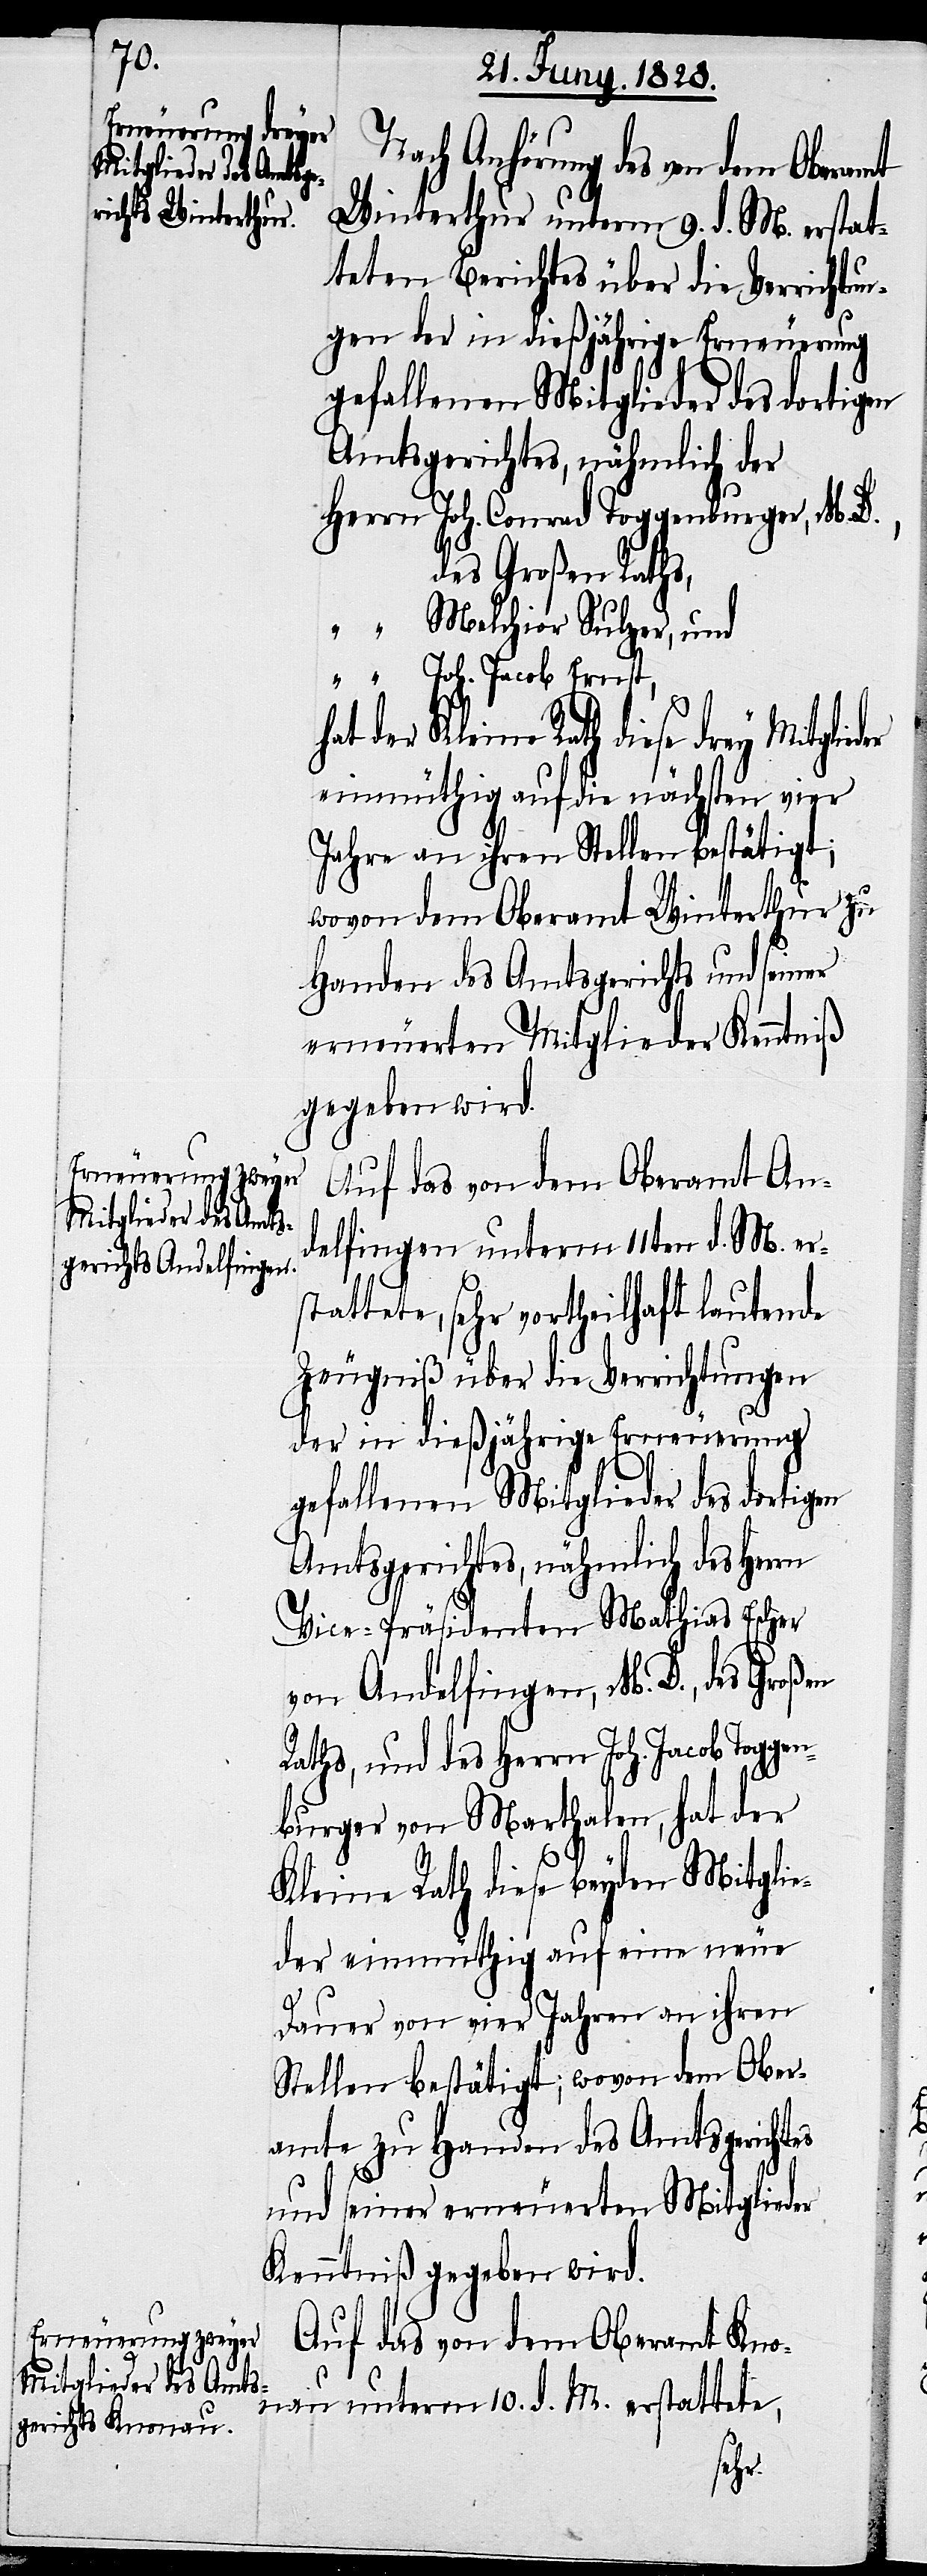
Nach Anhörung des von dem Oberamt
Winterthur unterm 9. d. M. erstat¬
teten Berichtes über die Verrichtun¬
gen der in dießjährige Erneuerung
gefallenen Mitglieder des dortigen
Amtsgerichts, nähmlich der
Herrn Joh. Conrad Toggenburger, M.
des Großen Raths,
“ Melchior Sulzer, und
“ Joh. Jacob Ernst,
einmüthig auf die nächsten vier
Jahre an ihren Stellen bestätigt;
wovon dem Oberamt Winterthur zu
Handen des Amtsgerichts und seiner
erneuerten Mitglieder Kenntniß
gegeben wird.
Auf das von dem Oberamt An¬
delfingen unterm 11ten d. M. er¬
stattete, sehr vortheilhaft lautende
Zeugniß über die Verrichtungen
der in dießjährige Erneuerung
gefallenen Mitglieder des dortigen
Amtsgerichtes, nähmlich des Herrn
Vice-Präsidenten Mathias Escher
von Andelfingen, M. D., des Großen
Raths, und des Herrn Joh. Jacob Toggen¬
burger von Marthalen, hat der
Kleine Rath diese beyden Mitglie¬
der einmüthig auf eine neue
Dauer von vier Jahren an ihren
Stellen bestätigt; wovon dem Ober¬
amte zu Handen des Amtsgerichtes
und seiner erneuerten Mitglieder
Kenntniß gegeben wird.
Auf das von dem Oberamt Kno¬
nau unterm 10. d. M. erstattete,
der